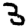
Digit: 3